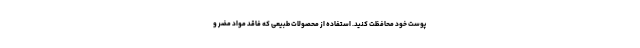
پوست خود محافظت کنید. استفاده از محصولات طبیعی که فاقد مواد مضر و